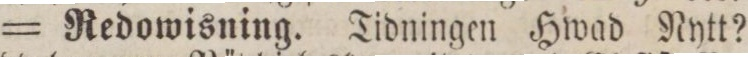
= Redowisning. Tidningen Hwad Nytt?